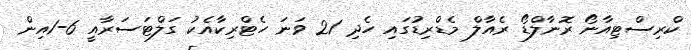
ކްރިސްޓިއާނޯ ރޮނާލްޑޯ ރެއާލް މެޑްރިޑުގައި ހެދި 21 ވަނަ ހެޓްރިކާއެކު ގަލްޓަސަރާއީ 6-1އިން